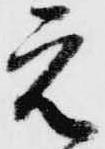
元